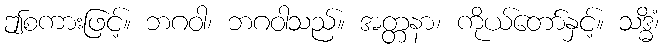
ဤစကားဖြင့်။ ဘဂဝါ၊ ဘဂဝါသည်။ အတ္တနာ၊ ကိုယ်တော်နှင့်။ သဒ္ဓိံ၊